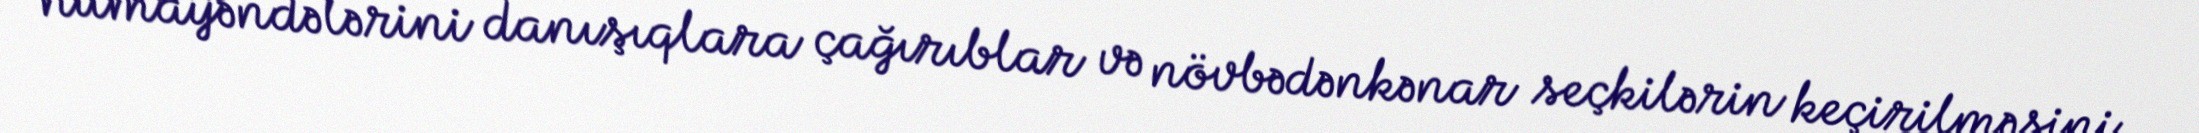
nümayəndələrini danışıqlara çağırıblar və növbədənkənar seçkilərin keçirilməsini